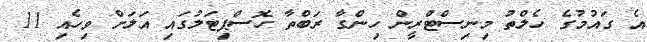
އެ ގައުމުގެ ހެލްތު މިނިސްޓްރީން ހިންގާ ރަބްތާ ހޮސްޕިޓަލުގައި އަލަށް ވިހެއި 11